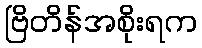
ဗြိတိန်အစိုးရက